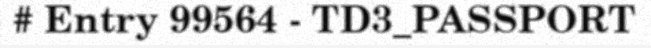
# Entry 99564 - TD3_PASSPORT